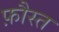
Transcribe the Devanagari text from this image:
फ़ौस्त